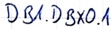
Text: DB1.DBX0.1